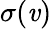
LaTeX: \sigma(\mathit{v})